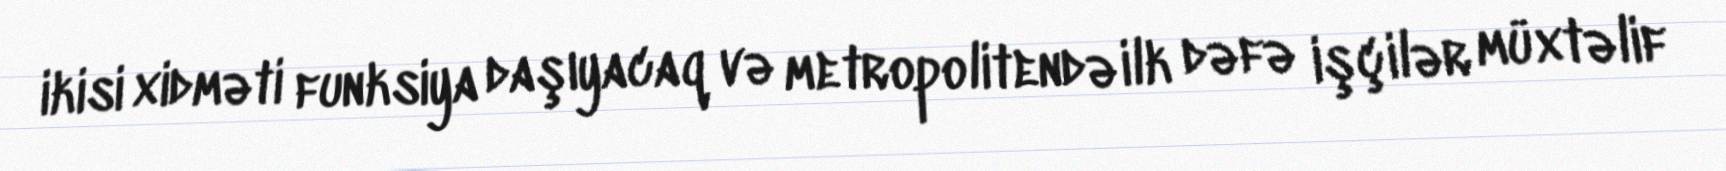
ikisi xidməti funksiya daşıyacaq və metropolitendə ilk dəfə işçilər müxtəlif